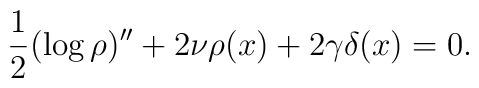
\frac{1}{2}(\log\rho)^{\prime\prime}+2\nu\rho(x)+2\gamma\delta(x)=0.